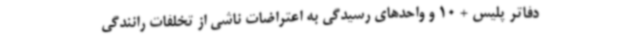
دفاتر پلیس + 10 و واحدهای رسیدگی به اعتراضات ناشی از تخلفات رانندگی